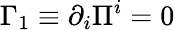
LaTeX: {\Gamma_{1}}\equiv{\partial_{i}}{\Pi^{i}}=0